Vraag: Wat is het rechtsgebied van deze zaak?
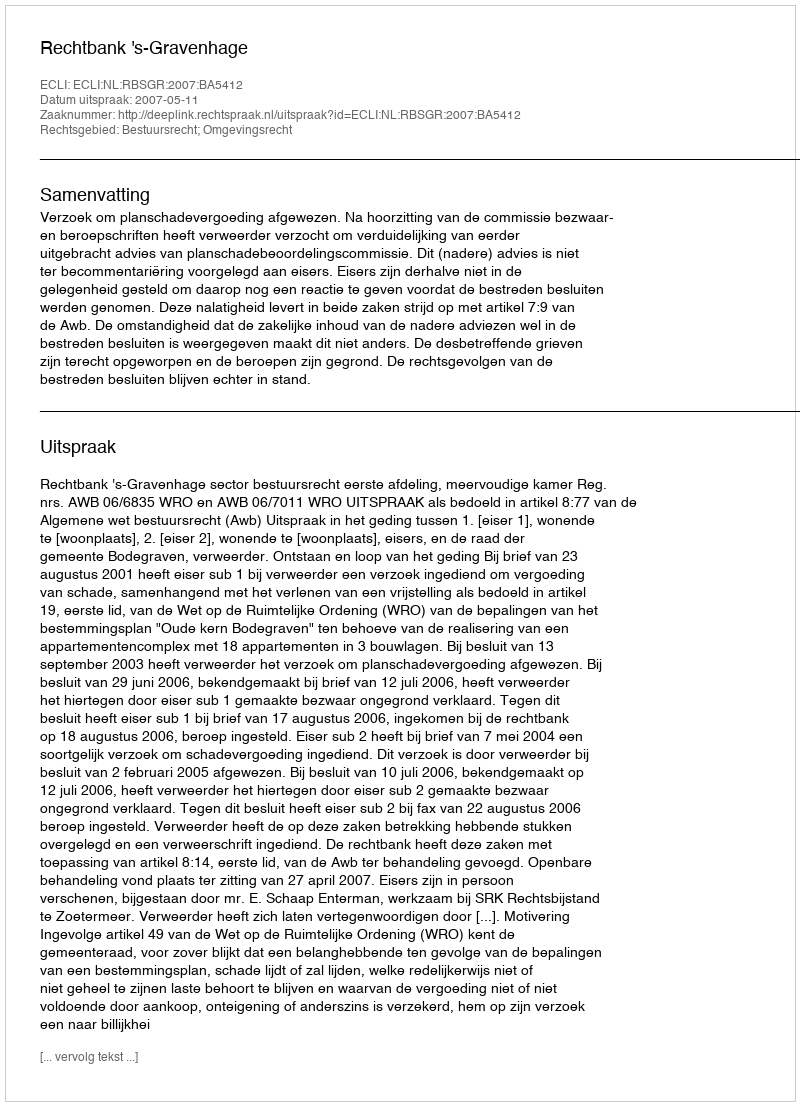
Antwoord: Bestuursrecht; Omgevingsrecht